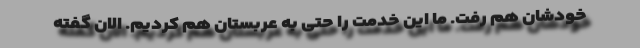
خودشان هم رفت. ما این خدمت را حتی به عربستان هم کردیم. الان گفته